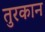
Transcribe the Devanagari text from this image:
तुरकान